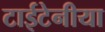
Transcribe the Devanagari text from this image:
टाईटेनीया